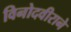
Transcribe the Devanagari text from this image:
विनोदवीराने